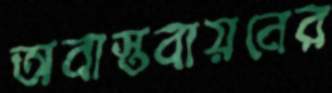
অবাস্তবায়নের